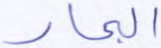
البحار